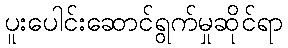
ပူးပေါင်းဆောင်ရွက်မှုဆိုင်ရာ